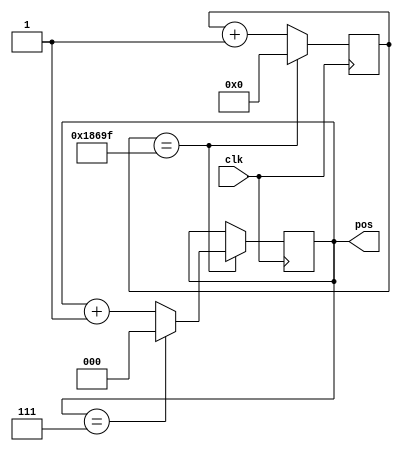
`timescale 1ns / 1ps
//////////////////////////////////////////////////////////////////////////////////
// Company: 
// Engineer: 
// 
// Design Name: 
// Module Name: clk_divider
// Project Name: 
// Target Devices: 
// Tool Versions: 
// Description: 
// 
// Dependencies: 
// 
// Revision:
// Revision 0.01 - File Created
// Additional Comments:
// 
//////////////////////////////////////////////////////////////////////////////////


module clk_divider(clk,pos);
input clk;
output reg [2:0] pos;
parameter N = 200_000;
reg [31:0] counter;
initial begin
pos = 0;
end

always@(posedge clk)
begin

    if(counter==N/2 -1) begin
		counter <= 0;
		if(pos == 7) pos <= 0;
		else pos <= pos + 1;
    end
    else begin
		counter <= counter + 1;
    end
end
endmodule